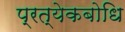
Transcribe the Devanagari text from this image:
प्रत्येकबोधि